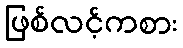
ဖြစ်လင့်ကစား